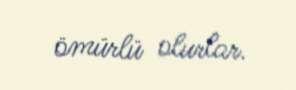
ömürlü olurlar.